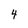
Character: 4